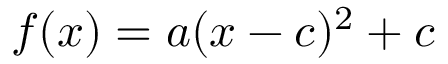
f ( x ) = a ( x - c ) ^ { 2 } + c